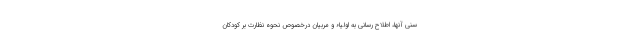
سنی آنها، اطلاح رسانی به اولیاء و مربیان درخصوص نحوه نظارت بر کودکان